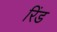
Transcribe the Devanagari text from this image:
रिंड